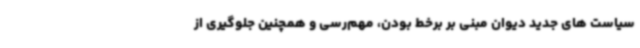
سیاست های جدید دیوان مبنی بر برخط بودن، مهم‌رسی و همچنین جلوگیری از